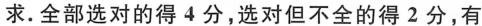
求.全部选对的得4分，选对但不全的得2分，有